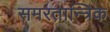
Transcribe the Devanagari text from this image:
समरतान्त्रिक